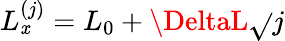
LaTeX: L_{\mathit{x}}^{(j)}=L_{0}+\DeltaL\sqrt{}{{j}}